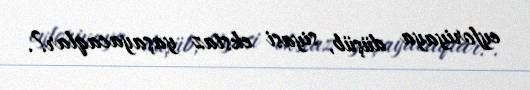
eyforiyaya düşüb, siyasi ekstaz yaşayacaqlar?.